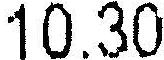
10.30